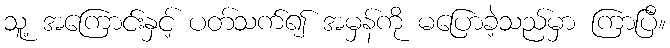
သူ့ အကြောင်းနှင့် ပတ်သက်၍ အမှန်ကို မပြောခဲ့သည်မှာ ကြာပြီ။